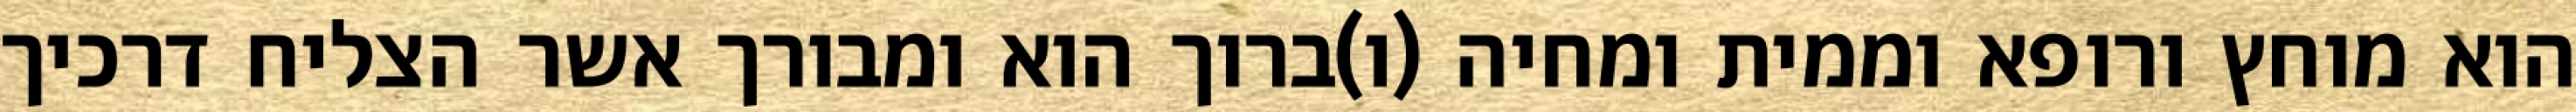
הוא מוחץ ורופא וממית ומחיה (ו)ברוך הוא ומבורך אשר הצליח דרכיך